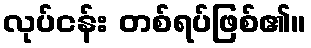
လုပ်ငန်း တစ်ရပ်ဖြစ်၏။